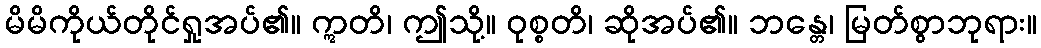
မိမိကိုယ်တိုင်ရှုအပ်၏။ ဣတိ၊ ဤသို့။ ဝုစ္စတိ၊ ဆိုအပ်၏။ ဘန္တေ၊ မြတ်စွာဘုရား။